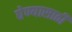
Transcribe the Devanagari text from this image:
घेण्यासाठीं